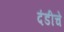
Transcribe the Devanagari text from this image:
दंडीचे